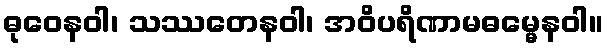
ဓုဝေနဝါ၊ သဿတေနဝါ၊ အဝိပရိဏာမဓမ္မေနဝါ။